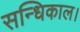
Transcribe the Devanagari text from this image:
सन्धिकाल।